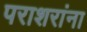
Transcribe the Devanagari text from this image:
पराशरांना